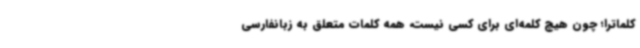
کلماترا؛ چون هیچ کلمه‌ای برای کسی نیست، همه کلمات متعلق به زبانفارسی